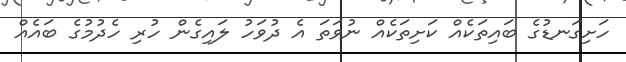
ހަށިގަނޑުގެ ބައިތަކެއް ކަށިތަކެއް ނުވަތަ އެ ދުވަހު ލައިގެން ހުރި ހެދުމުގެ ބައެއް